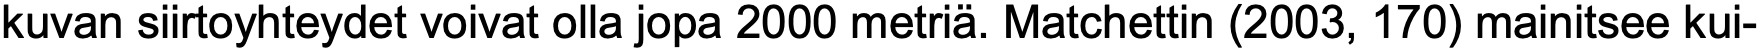
kuvan siirtoyhteydet voivat olla jopa 2000 metriä. Matchettin (2003, 170) mainitsee kui-